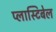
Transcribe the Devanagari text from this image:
प्लास्टिबेल